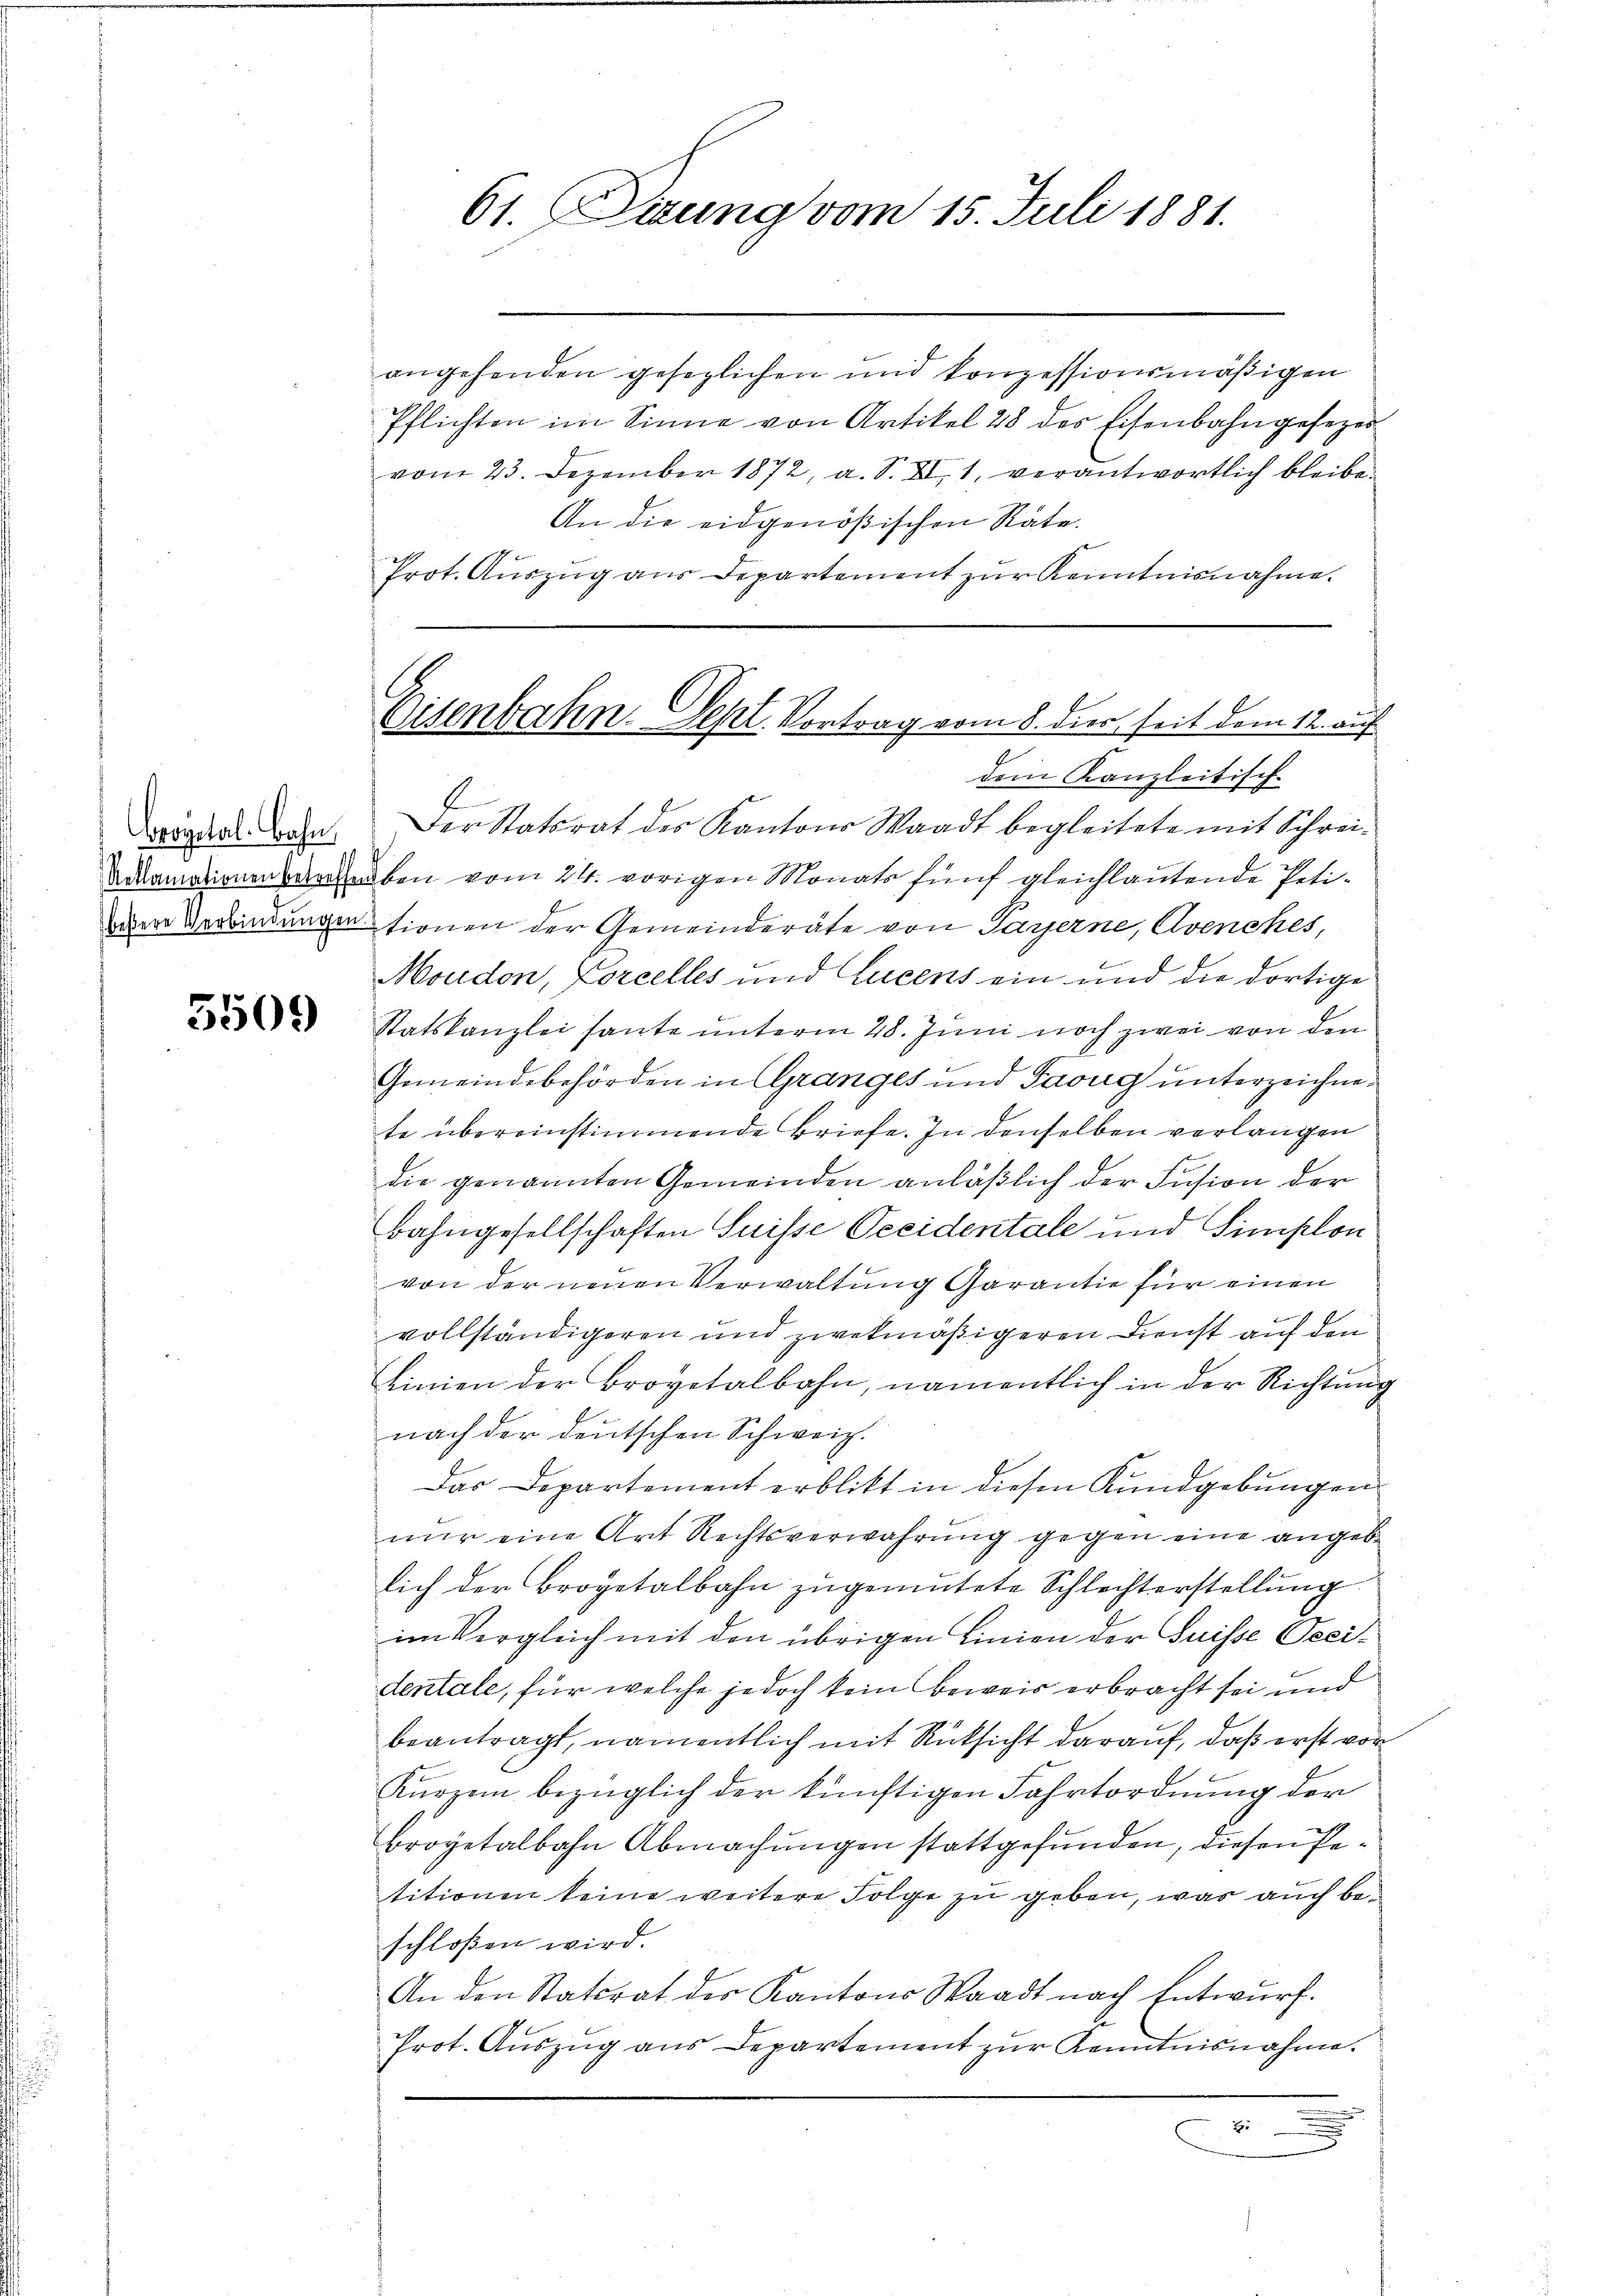
5509

61. Sitzung vom 15. Juli 1881.

angehenden gesezlichen und konzessionsmäßigen
Pflichten im Sinne von Artikel 28 des Eisenbahngesezes
vom 23. Dezember 1872, a. S. XI, 1, verantwortlich bleibe
An die eidgenößischen Rate.
Prot. Auszug aus Departement zur Kenntnisnahme.
dem Kanzleitisch-
ergarten. Der Statsrat des Kantons Waadt begleitete mit Schrei-
dramationen vergeben vom 24. vorigen Monats fünf gleichlautende Petiwdere Verbindungen sienen der Gemeinderäte von Parzerne, Avenckes,
Moudon, Lorcelles und Lucens ein und die dortige
Statskanzlei haute unterm 28. Juni noch zwei von den
Gemeindebehörden in Granges und Taug unterzeichnete übereinstimmende Briefe. In denselben verlangen
die genannten Gemeinden anläβlich der Fusion der
bahngesellschaften Suisse Pecidentale und Simplon
von der neuen Verwaltung Garantie für einen
vollständigeren und zwekmäßigeren Dienst auf den
Linien der Brovetalbahn, namentlich in der Richtung
nach der deutschen Schweiz.
Das Departement erblikt in diesen Kundgebungen
nur eine Art Rechtsverwahrung gegen eine angeblich der Brogetalbahn zugemutete Schlechterstellung
im Vergleich mit den übrigen Linien der Suisse Oseidentale, für welche jedoch kein Beweis erbracht sei und
beantragt, namentlich mit Rücksicht darauf, daß erst vor
Kurzem bezüglich der künftigen Fahrtordnung der
Broyetalbahn Abmachungen stattgefunden, diesen Petitionen keine weitere Folge zu geben, was auch beschloßen wird.
An den Stattrat des Kantons Waadt nach Entwurf.
Prot. Aŭszŭg ans Departement zŭr Kenntnisnahme.
.
E
e

Eisenbahn. Sept. Vortrag vom 8. dies seit dem 12. auf